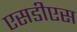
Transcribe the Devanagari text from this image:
एसडीएस